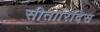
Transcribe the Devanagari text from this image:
सीतारिदिस